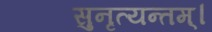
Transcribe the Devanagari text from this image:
सुनृत्यन्तम्‌।